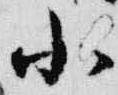
小